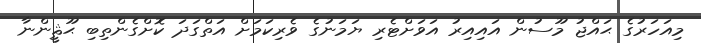
މިއަހަރުގެ ޙައްޖު މޫސުން އައިއިރު އަވަށްޓެރި ޔަމަނުގެ ވެރިކަމަށް އަތްގަދަ ކޮށްގެންތިބި ޙޫޘީންނާ